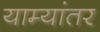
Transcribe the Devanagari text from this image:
याम्यांतर